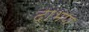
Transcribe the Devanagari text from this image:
दाभण